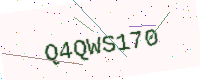
Text: Q4QWS170